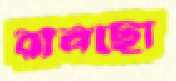
রানছো